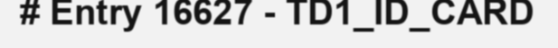
# Entry 16627 - TD1_ID_CARD